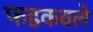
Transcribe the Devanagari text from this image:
फडकवले